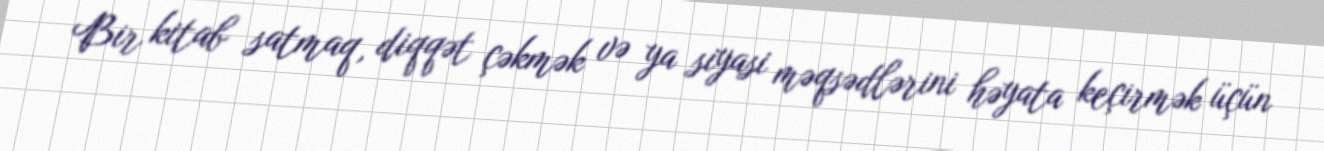
Bir kitab satmaq, diqqət çəkmək və ya siyasi məqsədlərini həyata keçirmək üçün